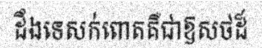
ដឹងទេសក់ពោតគឺជាឱសថដ៏